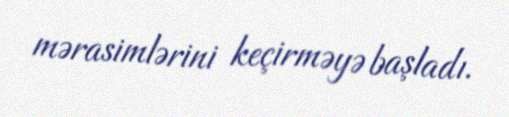
mərasimlərini keçirməyə başladı.